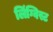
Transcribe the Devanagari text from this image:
लिंग्विस्ट